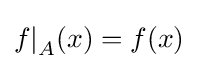
{f|}_{A}(x)=f(x)